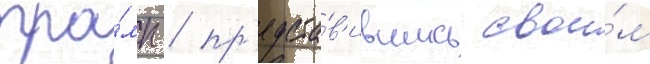
тра́мп / пр'едста́в'ившись свои́м